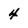
Character: 4